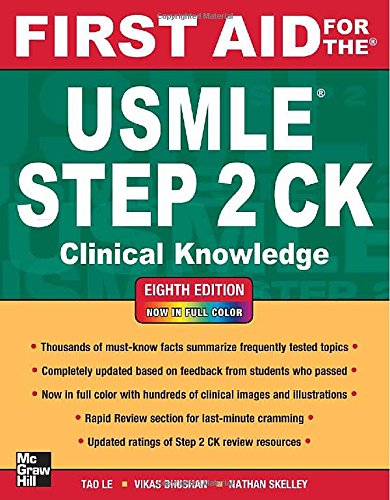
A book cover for First Aid for the USMLE Step 2 CK, Eighth Edition (First Aid for the USMLE Step 2: Clinical Knowledge); Tao Le; Test Preparation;